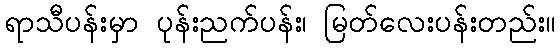
ရာသီပန်းမှာ ပုန်းညက်ပန်း၊ မြတ်လေးပန်းတည်း။